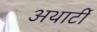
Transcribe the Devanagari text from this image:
अथार्टी